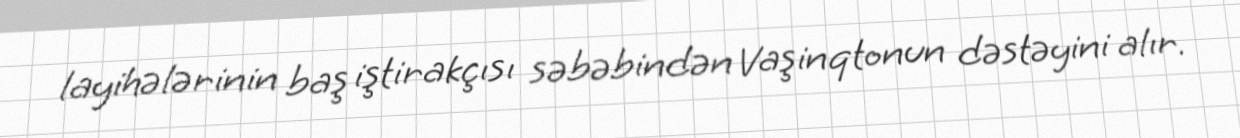
layihələrinin baş iştirakçısı səbəbindən Vaşinqtonun dəstəyini alır.